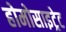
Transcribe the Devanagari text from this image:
होमोसाइट्रेट